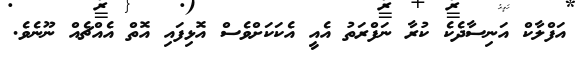
އަފްލާކް އަނިސާދެކެ ކުރާ ނަފްރަތު އެއީ އެކަކަށްވެސް އޮޅިފައި އޮތް އެއްޗެއް ނޫނެވެ.